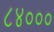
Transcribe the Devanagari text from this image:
८४०००